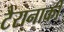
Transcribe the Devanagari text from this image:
टैरानाकी